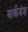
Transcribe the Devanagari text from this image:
यार्कवंश